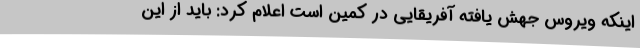
اینکه ویروس جهش یافته آفریقایی در کمین است اعلام کرد: باید از این